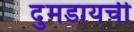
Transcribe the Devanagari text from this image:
दुमडायची